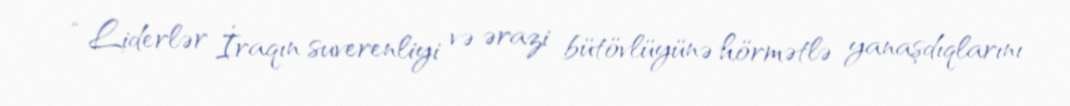
“Liderlər İraqın suverenliyi və ərazi bütövlüyünə hörmətlə yanaşdıqlarını